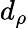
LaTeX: d_{\rho}